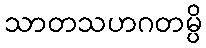
သာတသဟဂတမ္ပိ